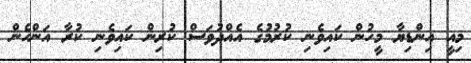
މިއީ އިންޑިޔާ މީހުން ކައިވެނި ކުރުމުގެ އެއްދުވަސް ކުރިން ކައިވެނި ކުރާ އަންހެން